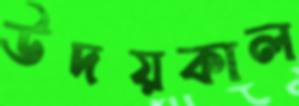
উদয়কাল